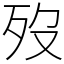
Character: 歿